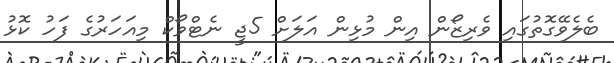
ބެލެވޭގޮތުގައި ވެރިޒޯން އިން މުޅިން އަލަށް 5ޖީ ނެޓްވޯކް މިއަހަރުގެ ފަހު ކޮޅު